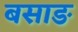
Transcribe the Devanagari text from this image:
बसाङ